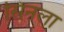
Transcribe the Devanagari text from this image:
सिनला